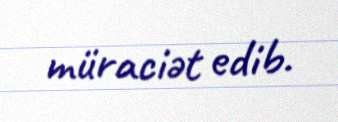
müraciət edib.